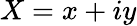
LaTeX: X=x+iy